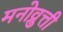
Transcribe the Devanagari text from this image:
मनोव्रुत्ती